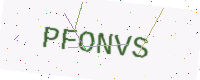
Text: PFONVS